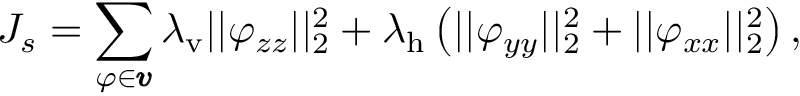
J _ { s } = \sum _ { \varphi \in \pmb { v } } \lambda _ { \mathrm { v } } | | \varphi _ { z z } | | _ { 2 } ^ { 2 } + \lambda _ { \mathrm { h } } \left( | | \varphi _ { y y } | | _ { 2 } ^ { 2 } + | | \varphi _ { x x } | | _ { 2 } ^ { 2 } \right) ,